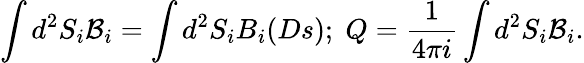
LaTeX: \int d^{2}S_{i}{\mathcal{B}}_{i}=\int d^{2}S_{i}B_{i}(Ds);\; Q=\frac{1}{4\pi i}\int d^{2}S_{i}{\mathcal{B}}_{i}.